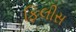
ફિલીસ